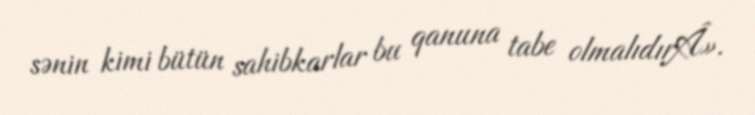
sənin kimi bütün sahibkarlar bu qanuna tabe olmalıdırÂ».